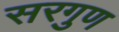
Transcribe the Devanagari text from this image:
सरगुण